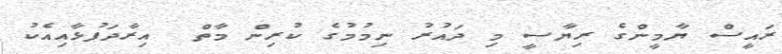
ރައީސް ޔާމީންގެ ރިޔާސީ މި ދައުރު ނިމުމުގެ ކުރިން މާތް  އިރާދަފުޅާއިއެކު